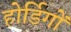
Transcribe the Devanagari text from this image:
होर्डिगों